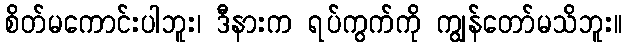
စိတ်မကောင်းပါဘူး၊ ဒီနားက ရပ်ကွက်ကို ကျွန်တော်မသိဘူး။